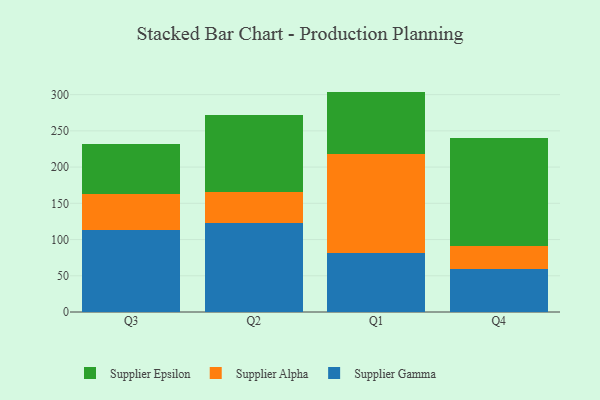
{"axis": {"x": "Quarter", "y": "Churn Rate (%)"}, "legend": ["Supplier Alpha", "Supplier Epsilon", "Supplier Gamma"], "data": [{"x": "Q3", "y": 113.1, "type": "Supplier Gamma"}, {"x": "Q3", "y": 49.4, "type": "Supplier Alpha"}, {"x": "Q3", "y": 69.4, "type": "Supplier Epsilon"}, {"x": "Q2", "y": 122.9, "type": "Supplier Gamma"}, {"x": "Q2", "y": 42.6, "type": "Supplier Alpha"}, {"x": "Q2", "y": 106.4, "type": "Supplier Epsilon"}, {"x": "Q1", "y": 82.1, "type": "Supplier Gamma"}, {"x": "Q1", "y": 135.4, "type": "Supplier Alpha"}, {"x": "Q1", "y": 86.7, "type": "Supplier Epsilon"}, {"x": "Q4", "y": 58.8, "type": "Supplier Gamma"}, {"x": "Q4", "y": 32.6, "type": "Supplier Alpha"}, {"x": "Q4", "y": 149.0, "type": "Supplier Epsilon"}]}